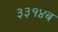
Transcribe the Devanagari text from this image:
३३१४ब